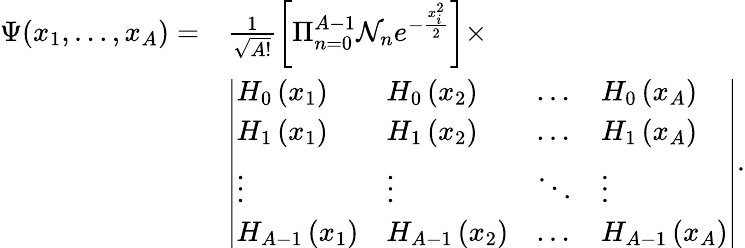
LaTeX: \begin{array}{rl}{\Psi(x_{1},\ldots,x_{A})=}&{\frac{1}{\sqrt{A!}}\left[\Pi_{n=0}^{A-1}\mathcal{N}_{n}e^{-\frac{x_{i}^{2}}{2}}\right]\times}\\ &{\left|\begin{array}{llll}{H_{0}\left(x_{1}\right)}&{H_{0}\left(x_{2}\right)}&{\ldots}&{H_{0}\left(x_{A}\right)}\\ {H_{1}\left(x_{1}\right)}&{H_{1}\left(x_{2}\right)}&{\ldots}&{H_{1}\left(x_{A}\right)}\\ {\vdots}&{\vdots}&{\ddots}&{\vdots}\\ {H_{A-1}\left(x_{1}\right)}&{H_{A-1}\left(x_{2}\right)}&{\ldots}&{H_{A-1}\left(x_{A}\right)}\end{array}\right|.}\end{array}